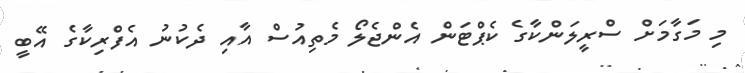
މި މަގާމަށް ސްރީލަންކާގެ ކެޕްޓަން އެންޖެލޯ މެތިއުސް އާއި ދެކުނު އެފްރިކާގެ އޭބީ